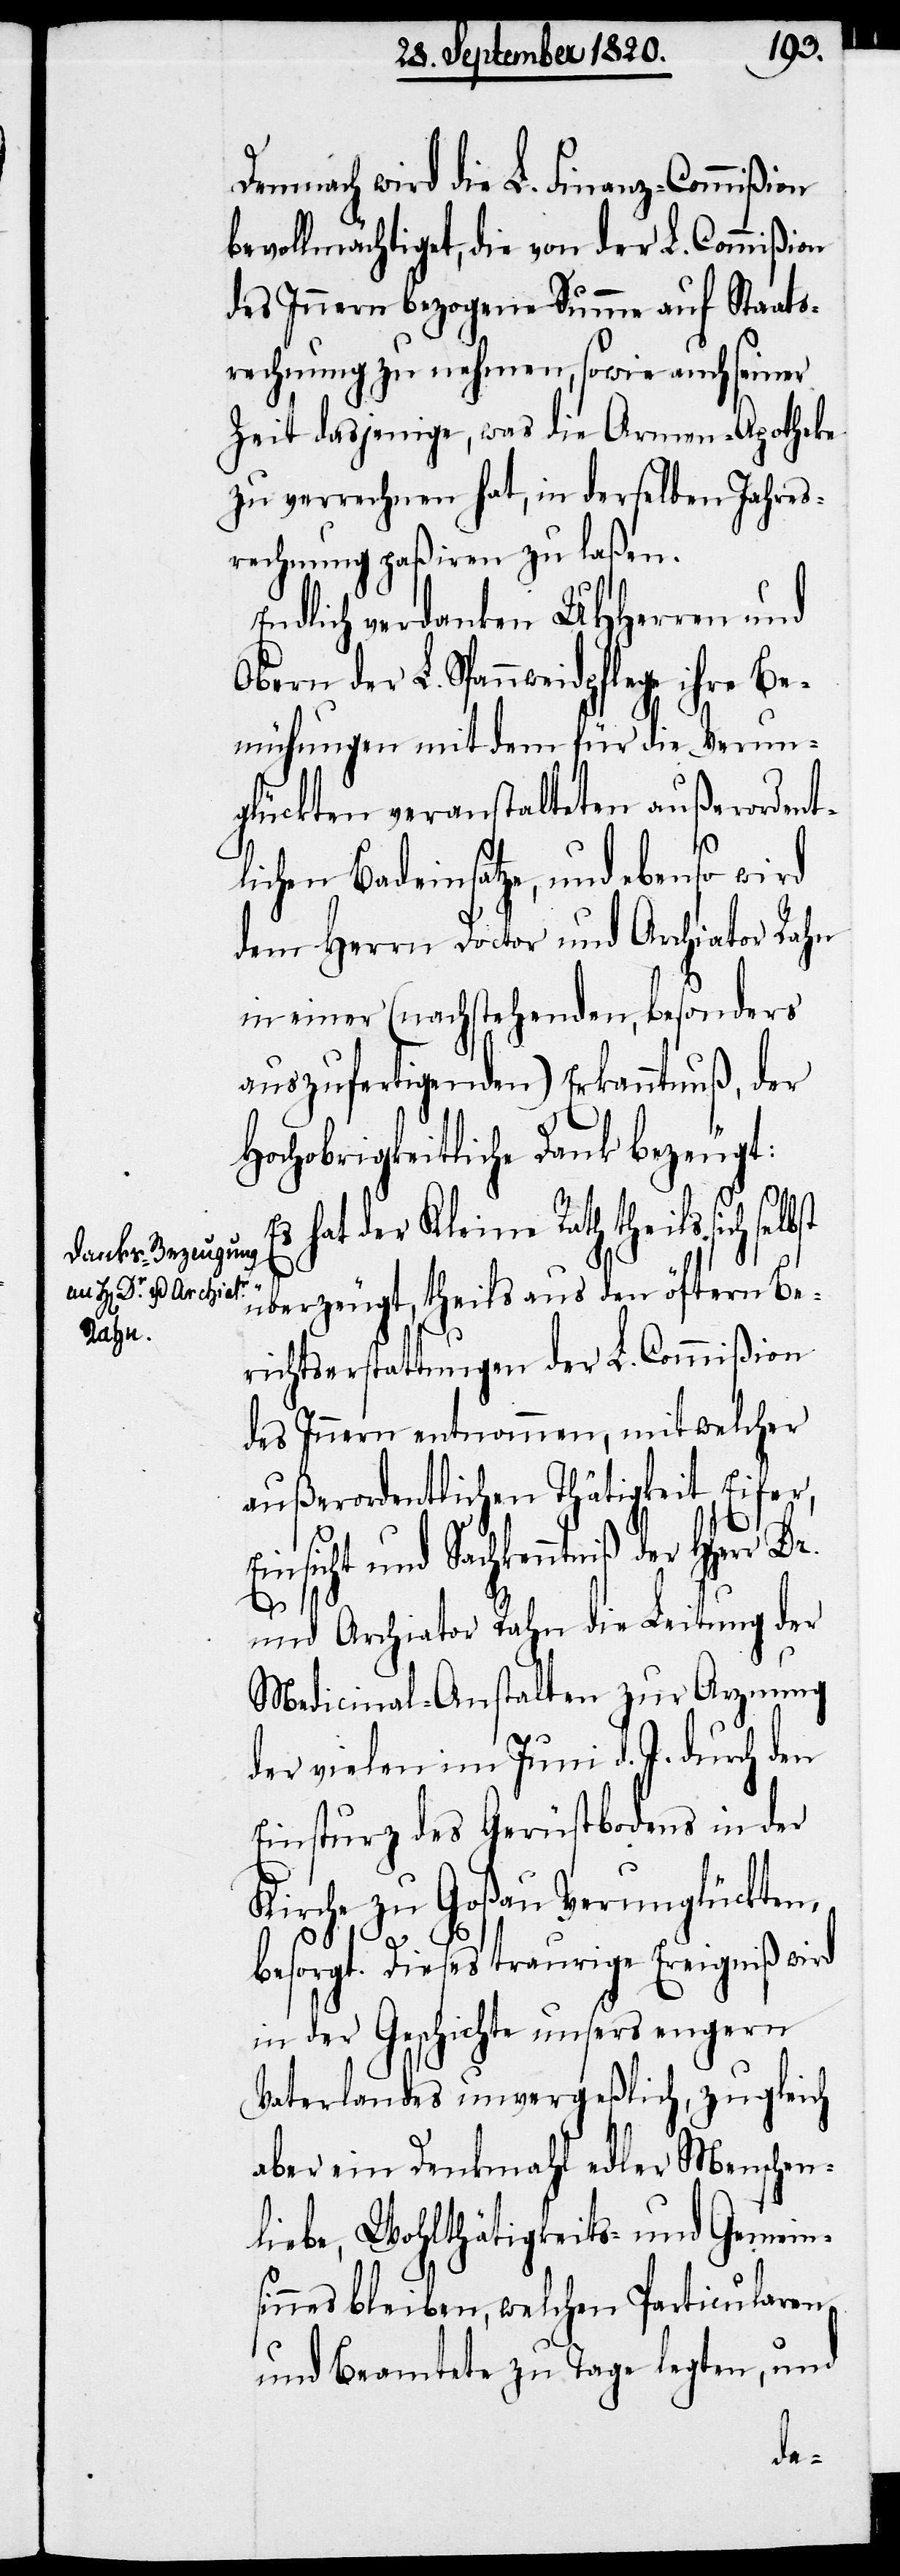
Demnach wird die L. Finanz-Commißion
bevollmächtiget, die von der L. Commißion
des Innern bezogene Summe auf Staats¬
rechnung zu nehmen, sowie auch seiner
Zeit dasjenige, was die Armen-Apotheke
zu vernehmen hat, in derselben Jahres¬
rechnung paßiren zu laßen.
Endlich verdanken UHHerren und
Obern der L. Spannweidpflege ihre
Bemühungen mit dem für die Verun¬
glückten veranstalteten außerordent¬
lichen Badeinsatze, und ebenso wird
den Herrn Doctor und Archiator Rahn
in einer (nachstehenden, besonders
auszufertigenden) Erkanntnuß, der
hochobrigkeitliche Dank bezeugt:
hat der Kleine Rath theils sich
überzeugt, theils aus den öftern Be¬
richtserstattungen der L. Commißion
des Innern entnommen, mit welcher
außerordentlichen Thätigkeit, Eifer,
Einsicht und Sachkenntniß der Hherr Dr.
und Archiator Rahn die Leitung der
Medicinal-Anstalten zur Arznung
der vielen im Juni d. J. durch den
Einsturz des Gerüstbodens in der
Kirche zu Goßau Verunglückten,
besorgt. Dieses traurige Ereigniß wird
in der Geschichte unsers engern
Vaterlandes unvergeßlich, zugleich
aber ein Denkmahl aller Menschen¬
liebe, Wohlthätigkeits- und Gemein¬
sinns bleiben, welchen Particularen
und Beamtete zu Tage legten, und